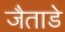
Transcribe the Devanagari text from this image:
जैताडे